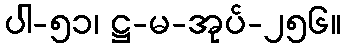
ပါ-၅၁၊ ဋ္ဌ-မ-အုပ်-၂၅၆။